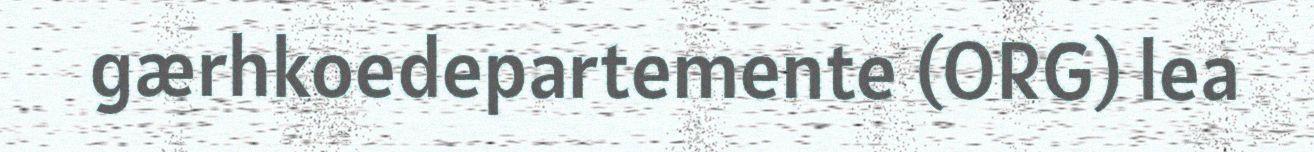
gærhkoedepartemente (ORG) lea